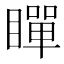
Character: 𭿞